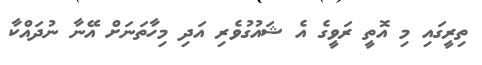
ތިރީގައި މި އޮތީ ރަވީގެ އެ ޝައުގުވެރި އަދި މިހާތަނަށް އޭނާ ނުދައްކާ